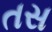
તસ